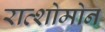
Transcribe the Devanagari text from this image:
राव्शोमोन